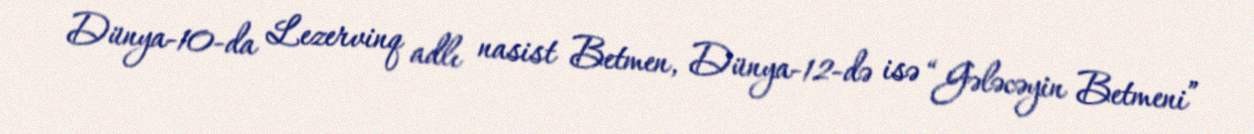
Dünya-10-da Lezervinq adlı nasist Betmen, Dünya-12-də isə “Gələcəyin Betmeni”